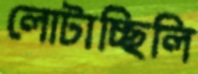
লোটাচ্ছিলি